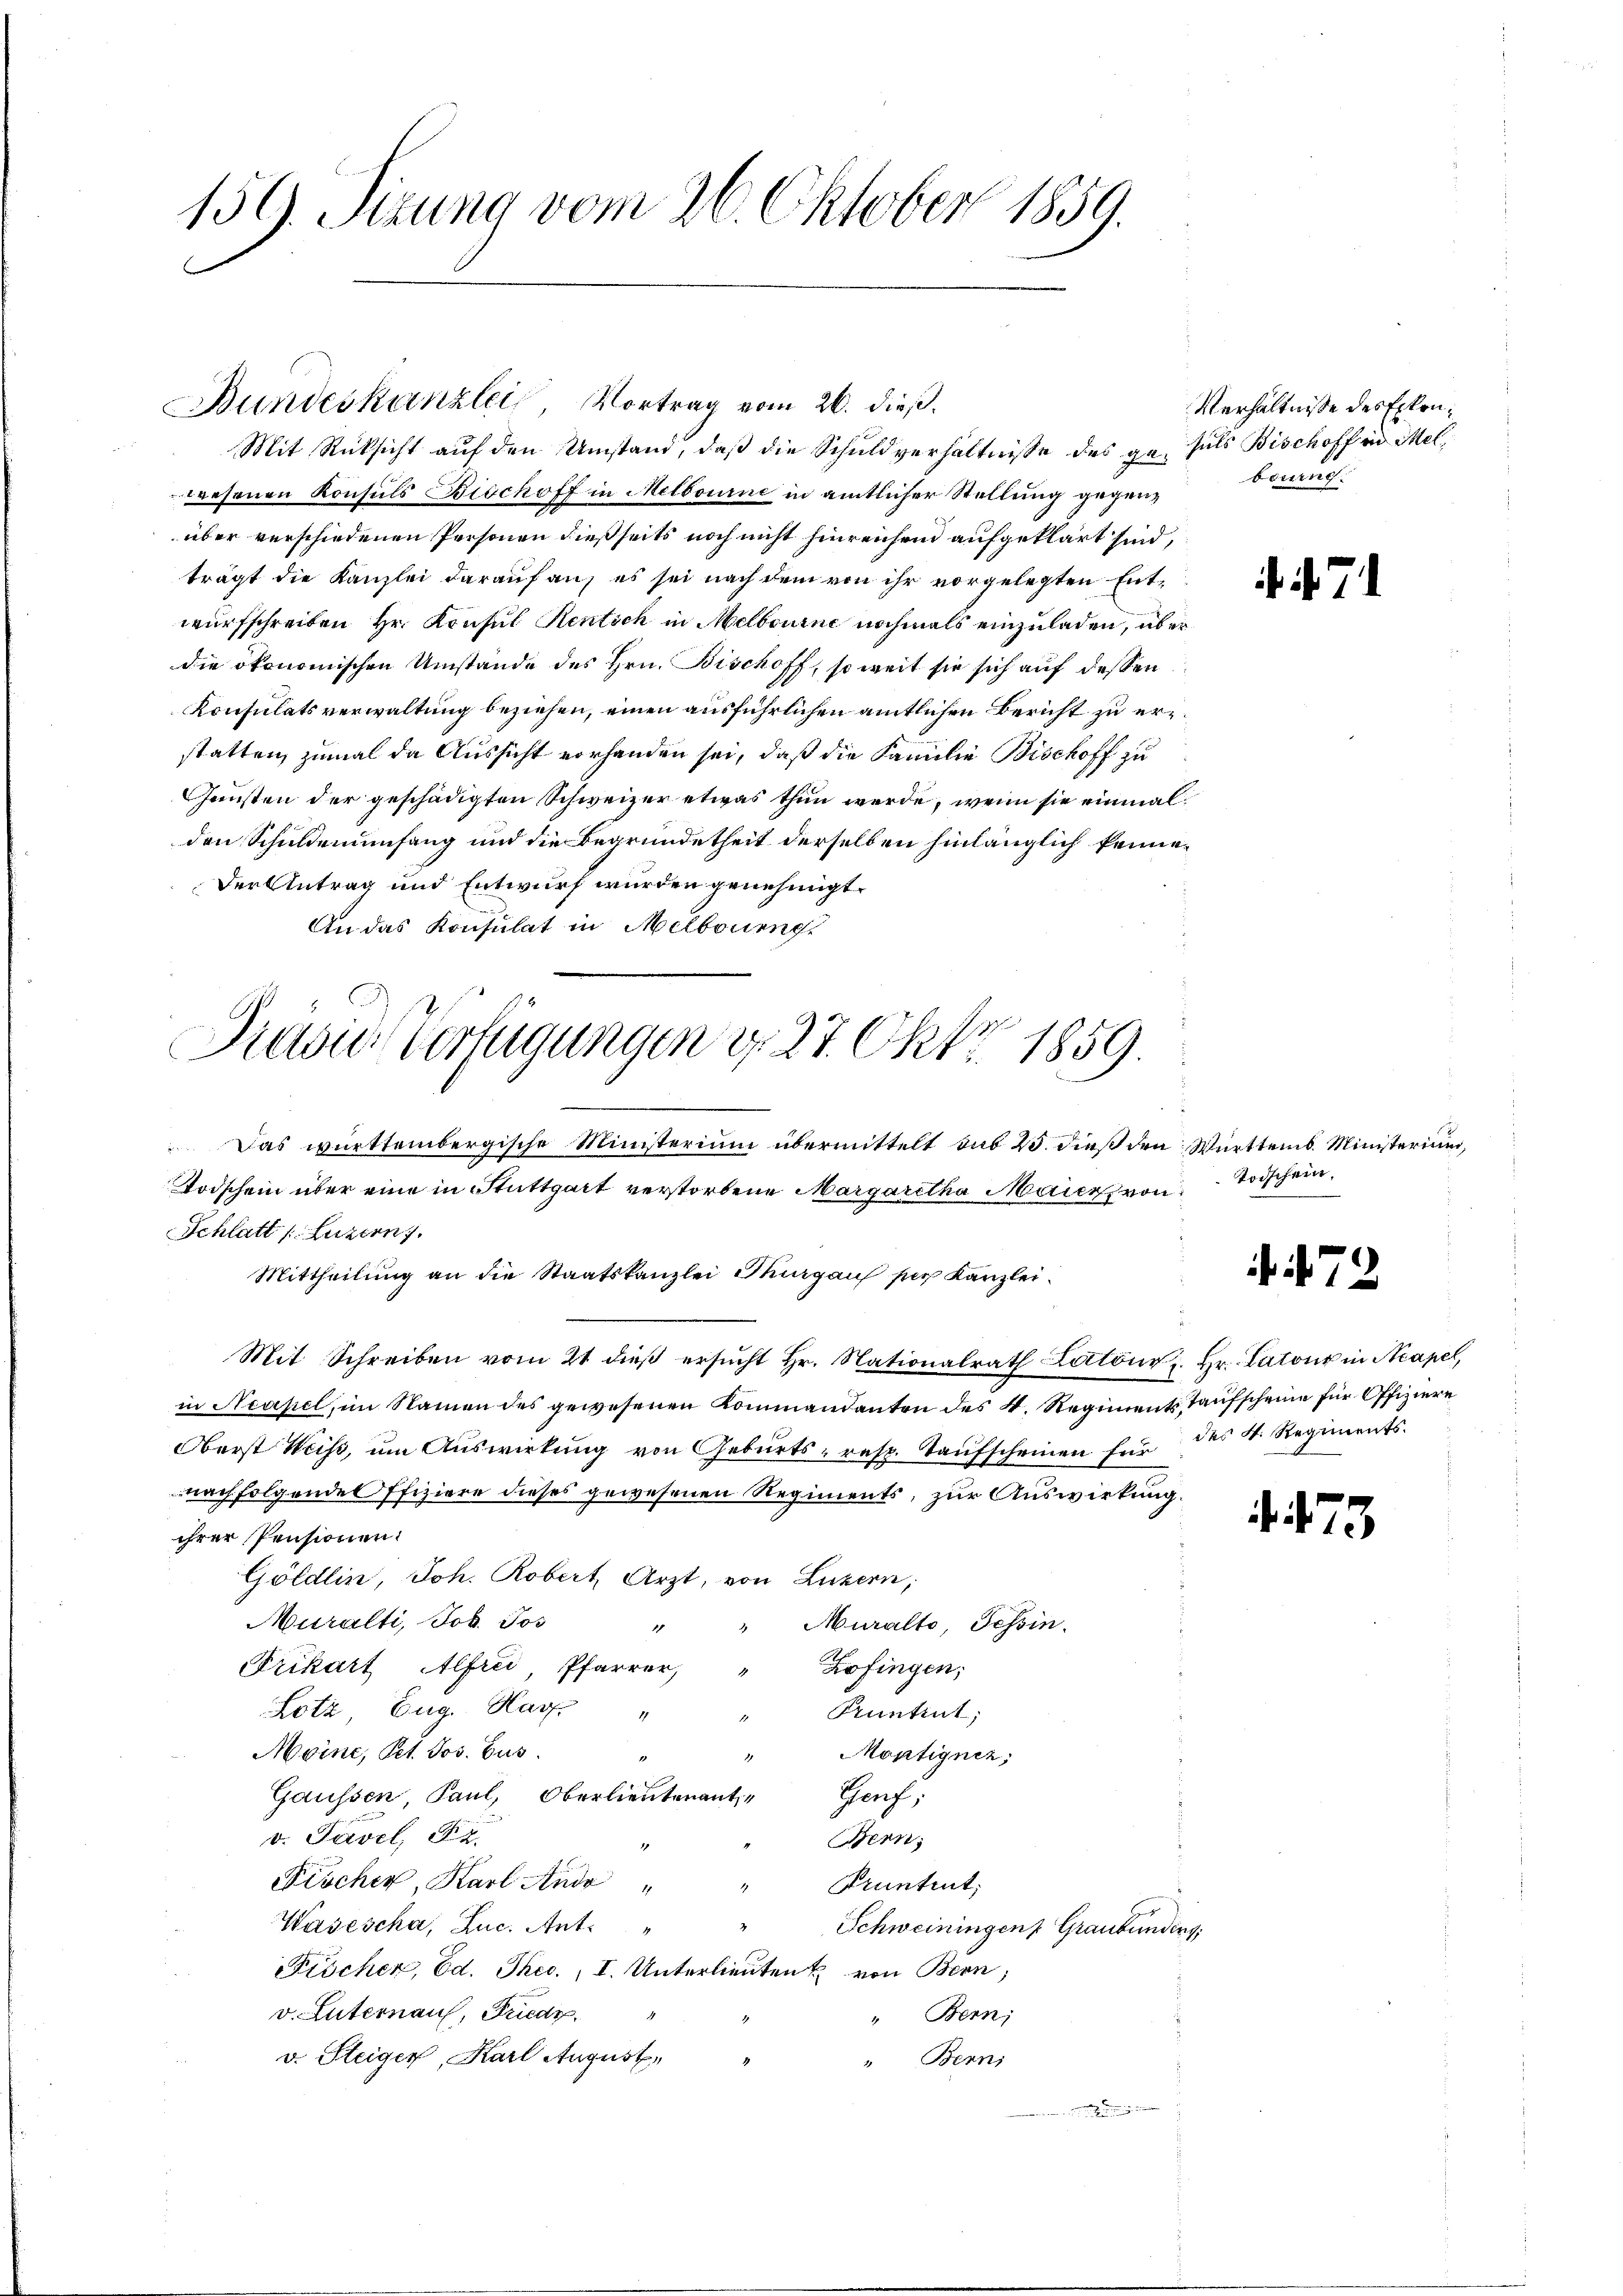
159. Sizung vom 26. Oktober 1859.

Bundeskanzlei Vortrag vom 26. dieß.

wesenen Konsuls Bischoff in Melbourne in amtlicher Stellung gegenüber verschiedenen Personen dießseits noch nicht hinreichen aufgeklärt sind,
trägt die Kanzlei darauf an, es sei nach dem von ihr vorgelegten Entwurfschreiben Hr. Konsul Rentsch in Melbourne nochmals einzuladen, über
die ökonomischen Umstände des Hrn. Bischoff, so weit sie sich auf dessen
Konsulatsverwaltung beziehen, einen ausführlichen amtlichen Bericht zu erstatten, zumal da Aussicht vorhanden sei, daß die Familie Bischoff zu
Gunsten der geschädigten Schweizer etwas thun werde, wenn sie einmal
den Schuldenenfang und die Begründetheit derselben hinlänglich keine¬
Der Antrag und Entwurf wurden genehmigt.
An das Konsulat in Melboueng
Todschein über eine in Stuttgart verstorbene Margaretha Maier von Todschein
Schlatt (Luzern,
Mittheilung an die Staatskanzlei Thurgaus per Kanzlei
Mit Schreiben vom 21 dieß ersŭcht Hr. Nationalrath Kottöne. Hr. Catone in Acapel,
in Neapel, im Namen des gewesenen Kommandanten des k. Regiments Taufscheine für Offiziere
Oberst Weiss, um Auswirkung von Geburts- resp. Taufscheinen für des 4. Regiments.
nachfolgende ffiziere dieses gewesenen Regiments, zur Auswirkung.
ihrer Pensionen.
Göldlin, Joh. Robert, Arzt, von Luzern,
Muralti, Joh. Jos
Muralto, Tessin.
1
Frikart Alfrei, Pfarrer,
Zofingen;
Lotz Eug. Hag "
Pruntint,
1
Moine, Pet. Jos. Gus
Montigner,
.
Gaussen, Paul, Oberlieutenant
Prach,
v. Tavel, Re
Bern,
1
Fröcher, Karl Ande
Pruntrut,
1
Wasescha, Luc. Art.
Schweiningen Graubündens
Fischen, Ed. Thec., I. Unterlieuten & von Bern,
v. Luternau, Friedr
" Bern,
v. Steiger, Karl August,
" Bern,

Mit Rücksicht auf den Umstand, daß die Schuldverhältnisse des gesels Bischoff in Mel¬

Pravid Verfügungen d. 27. Okt. 1859.
Das württembergische Ministerium übermittelt sub 23. dieß den Württemb. Ministerium,

Verhältnisse des Erkonberung.

. . . .

73

. 473